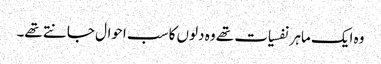
وہ ایک ماہر نفسیات تھے وہ دلوں کا سب احوال جانتے تھے۔